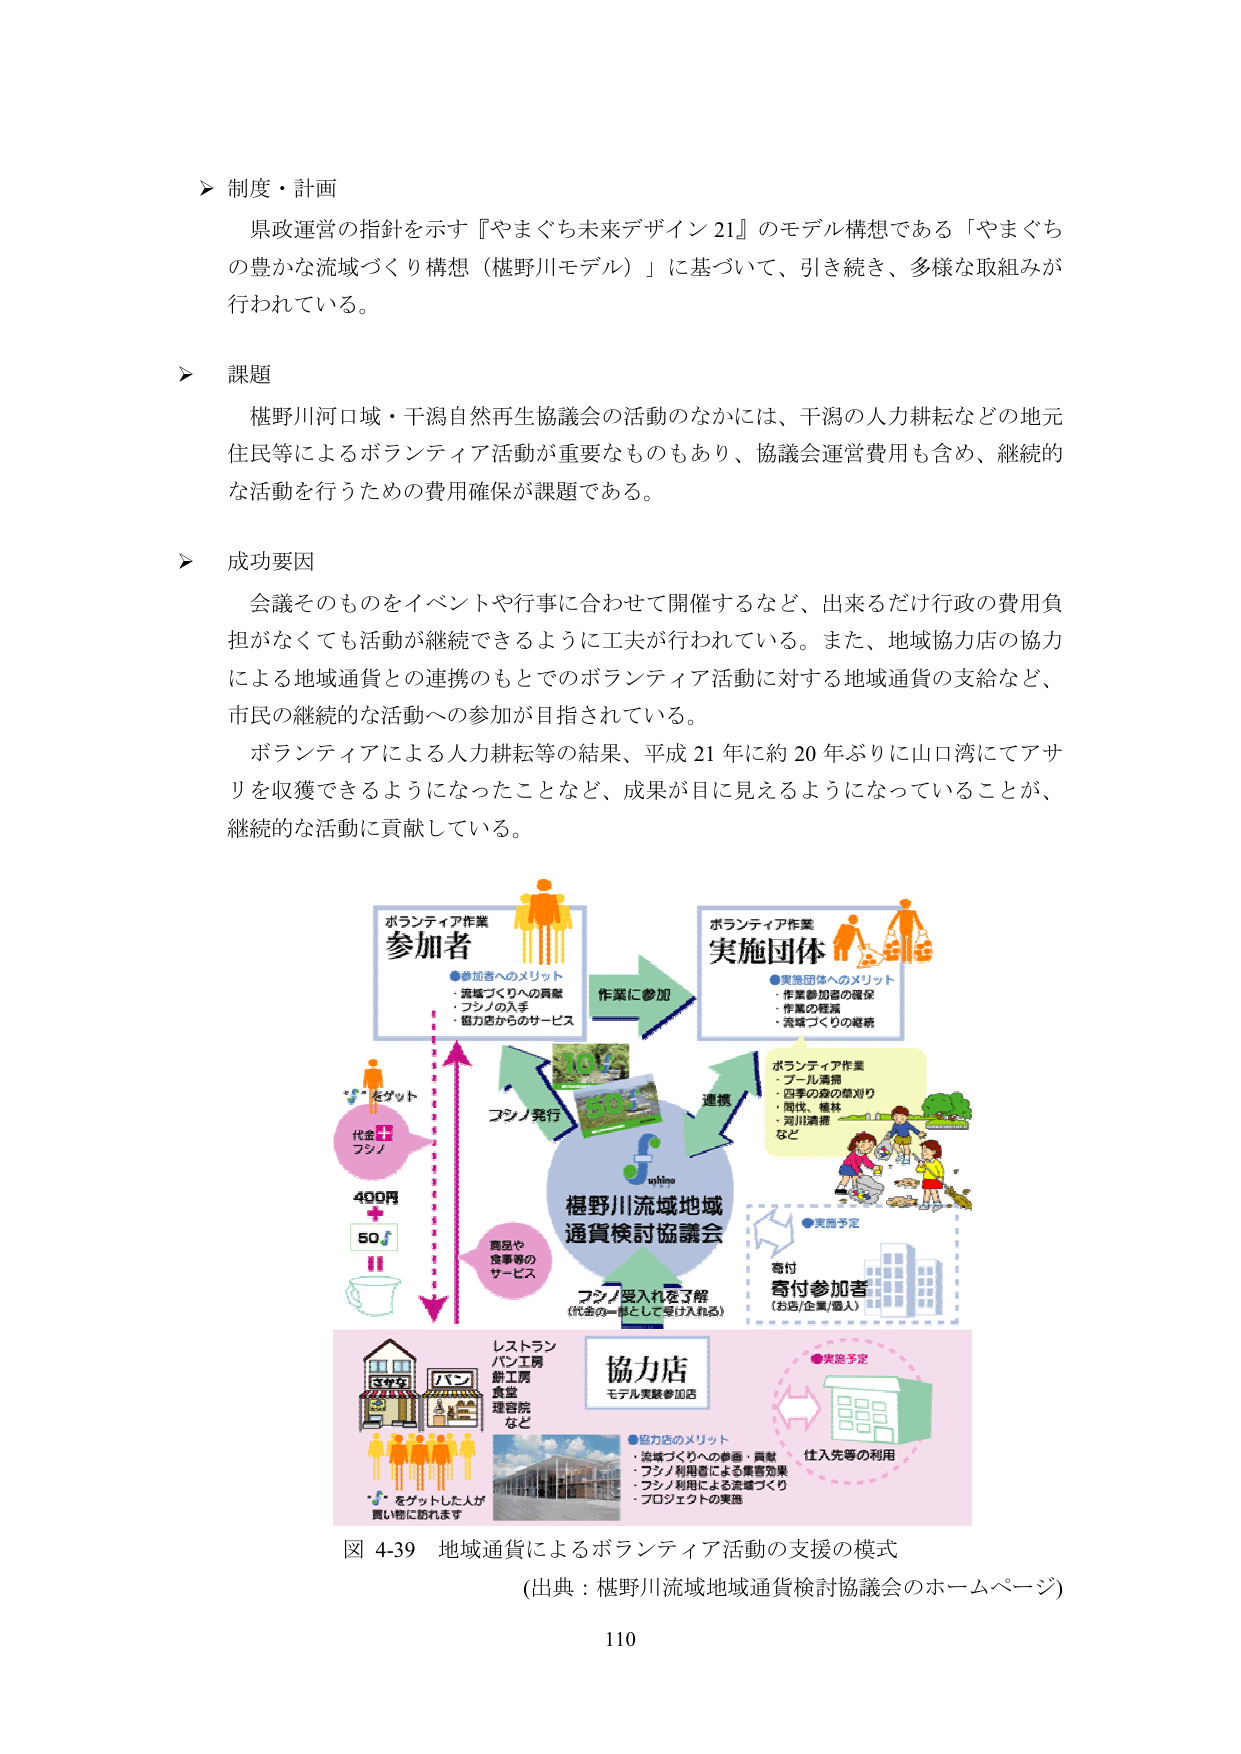
＞ 制度・計画
県政運営の指針を示す『やまぐち未来デザイン21』のモデル構想である「やまぐちの豊かな流域づくり構想（椹野川モデル）」に基づいて、引き続き、多様な取組みが行われている。

＞ 課題
椹野川河口域・干潟自然再生協議会の活動のなかには、干潟の人力耕耘などの地元住民等によるボランティア活動が重要なものもあり、協議会運営費用も含め、継続的な活動を行うための費用確保が課題である。

＞ 成功要因
会議そのものをイベントや行事に合わせて開催するなど、出来るだけ行政の費用負担がなくても活動が継続できるように工夫が行われている。また、地域協力店の協力による地域通貨との連携のもとでのボランティア活動に対する地域通貨の支給など、市民の継続的な活動への参加が目指されている。
ボランティアによる人力耕耘等の結果、平成21年に約20年ぶりに山口湾にてアサリを収獲できるようになったことなど、成果が目に見えるようになっていることが、継続的な活動に貢献している。

ボランティア作業
参加者
●参加者へのメリット
・流域づくりへの貢献
・フシノの入手
・協力店からのサービス

作業に参加

ボランティア作業
実施団体
●実施団体へのメリット
・作業参加者の確保
・作業の軽減
・流域づくりの継続

連携

ボランティア作業
・プール清掃
・四季の森の草刈り
・間伐、植林
・河川清掃
など

フシノ発行

椹野川流域地域
通貨検討協議会

フシノ受入れを了解
（代金の一部として受け入れる）

商品や
食事等の
サービス

“f”をゲット
代金
フシノ
400円
＋
50f

寄付
寄付参加者
（お店/企業/個人）
●実施予定

レストラン
パン工房
餅工房
食堂
理容院
など

協力店
モデル実験参加店

●協力店のメリット
・流域づくりへの参画・貢献
・フシノ利用者による集客効果
・フシノ利用による流域づくり
・プロジェクトの実施

“f”をゲットした人が
買い物に訪れます

住人先等の利用
●実施予定

図 4-39 地域通貨によるボランティア活動の支援の模式
（出典：椹野川流域地域通貨検討協議会のホームページ）

110